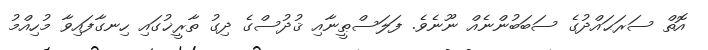
އޮތް ސަރަޙައްދުގެ ސަބަބުންނެއް ނޫނެވެ. ފަލަސްޠީނާއި ޤުދުސްގެ ދިގު ތާރީޚުގައި ހިނގާފައިވާ މުހިއްމު